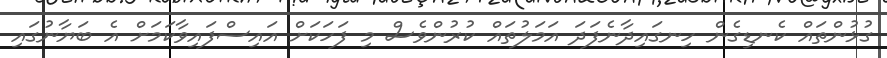
ގުޅުންތައް ކެނޑިގެން ހިނގައިދާނެފަދަ އަމަލުތައް ކުރުންވެސް މި ފަހަކަށް އައިސްފައިވާކަމަށް އެ ބަޔާނުގައި